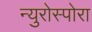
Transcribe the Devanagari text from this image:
न्युरोस्पोरा